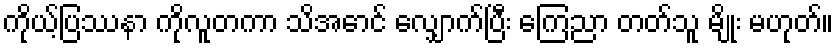
ကိုယ့်ပြဿနာ ကိုလူတကာ သိအောင် လျှောက်ပြီး ကြေညာ တတ်သူ မျိုး မဟုတ်။